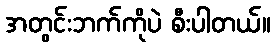
အတွင်းဘက်ကိုပဲ စီးပါတယ်။